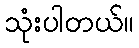
သုံးပါတယ်။